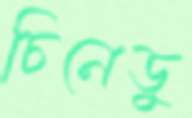
চিনেডু